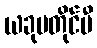
ယခုမတိုင်မီ